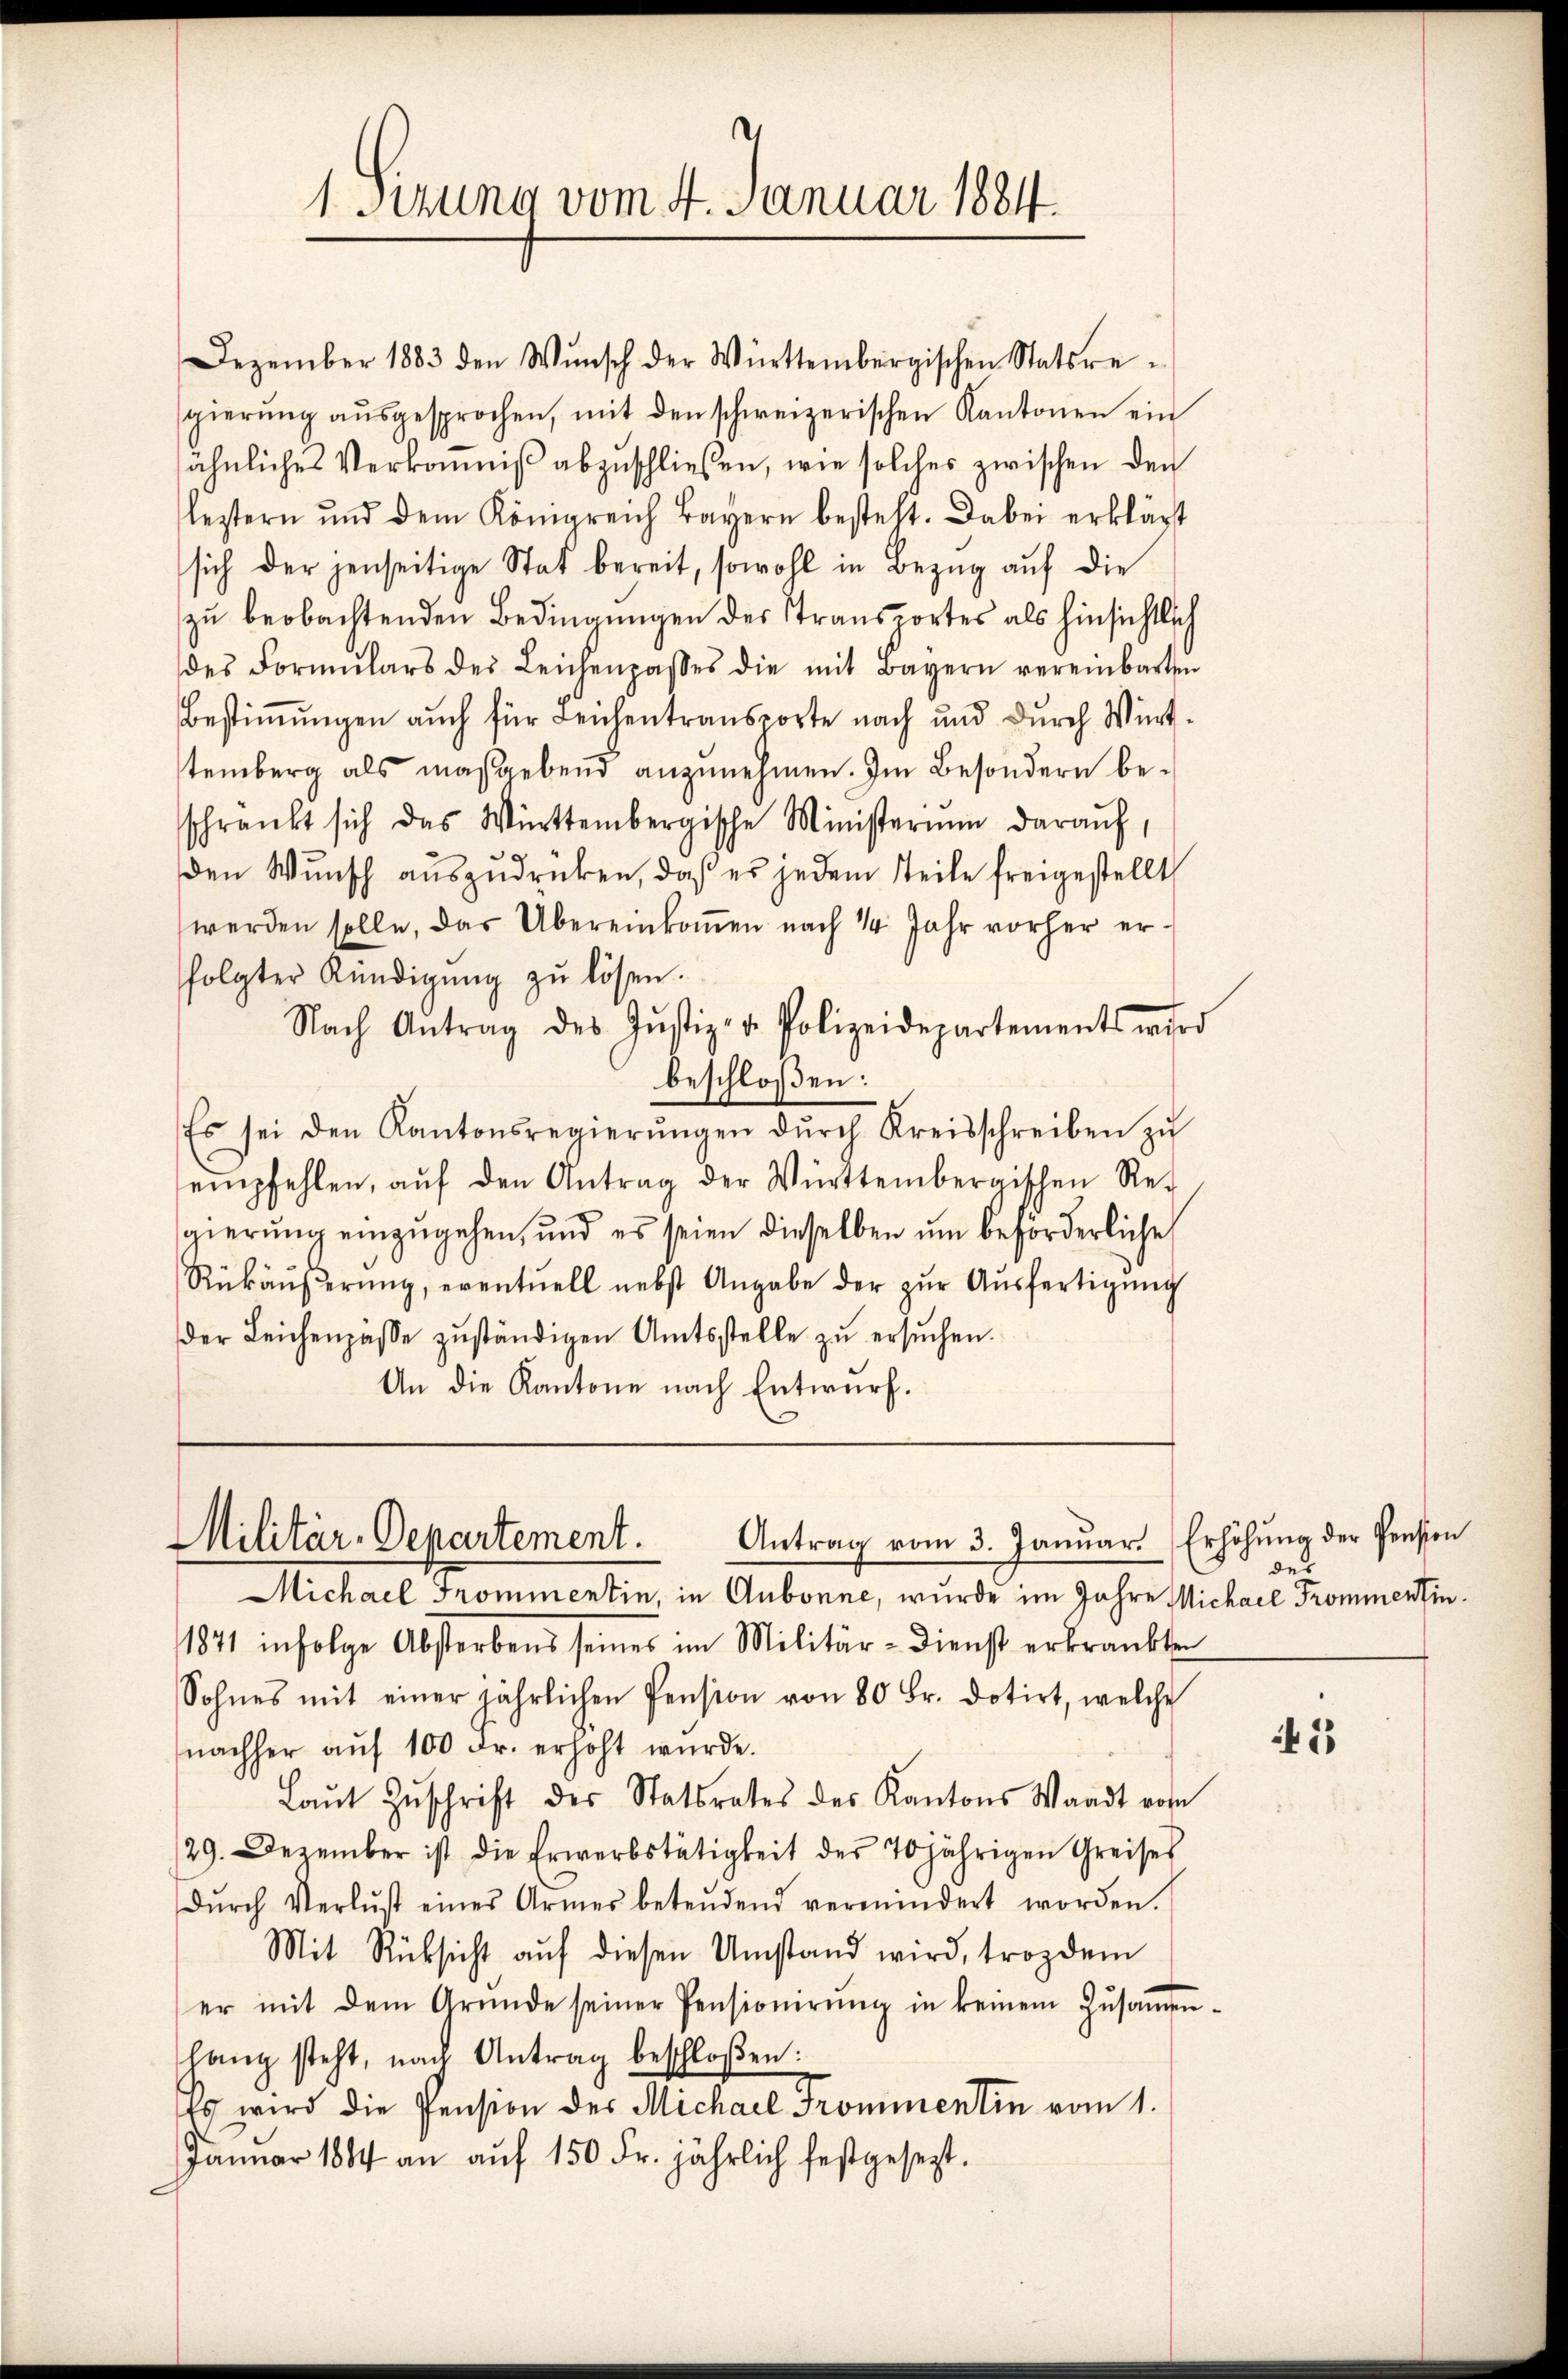
1 Sizung vom 4. Januar 1884.

Dezember 1883 den Wŭnsch der Württembergischen Statsre-
sgierŭng aŭsgesprochen, mit den schweizerischen Kantonen ein
sähnliches Verkoṁniß abzuschließen, wie solches zwischen den
leztern und dem Königreich Bayern besteht. Dabei erklärt
sich der jenseitige Stat bereit, sowohl in Bezug auf die
zu beobachtenden Bedingungen des Stransportes als hinsichtlich
des Formŭlars des Leichenpasses die mit Bayern vereinbarten
Bestimmungen auch für Leichentransporte nach und durch Württemberg als maßgebend anzunehmen. Im Besondern beschränkt sich das Württembergische Ministerium daraŭf,
den Wunsch auszudrücken, daß es jedem Teile freigestellt
werden solle, das Übereinkoṁen nach 14 Jahr vorher erfolgter Kündigŭng zŭ lösen.
Nach Antrag des Jŭstiz- u. Polizeidepartements wird
beschloßen:
Es sei den Kantonsregierŭngen dŭrch Kreisschreiben zŭ
empfehlen, aŭf den Antrag der Württembergischen Re-
gierung einzugehen, und es seien dieselben um beförderliche
Rükäŭβerŭng, eventuell nebst Angabe der zŭr Aŭsfertigŭng
der Leichenpässe zuständigen Amtsstelle zu ersuchen.
An die Kantone nach Entwurf.

Militär-Departement. Antrag vom 3. Januar. Erhöhŭng der Pension

Michael Trommentin, in Aubonne, wurde im Jahre Michael Frommentin¬
1871 infolge Absterbens seines im Militär-Dienst erkrankten
Sohnes mit einer jährlichen Pension von 80 Fr. dotirt, welche
nachher aŭf 100 Fr. erhöht wŭrde.
Laŭt Zŭschrift des Statsrates des Kantons Waadt vom
29. Dezember ist die Erwerbstätigkeit des 70jährigen Greises
dŭrch Verlust eines Armes betendend vermindert worden.
Mit Rücksicht aŭf diesen Umstand wird, trozdem
er mit dem Gründe seiner Pensionierŭng in keinem Zusamm-
hang steht, nach Antrag beschloßen:
Es wird die Pension der Michael Frommentin vom 1.
Januar 1884 an aŭf 150 Fr. jährlich festgesezt.

des

1